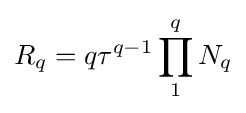
R_{q}=q\tau ^{q-1}\prod _{1}^{q}N_{q}